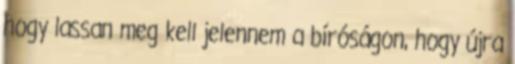
hogy lassan meg kell jelennem a bíróságon, hogy újra